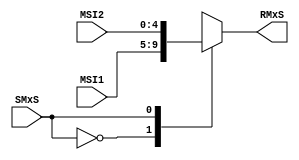
`timescale 1ns/1ns

//1- Module y Puertos 1/0
module MxSDP (
		
		//Entradas
		input [4:0]MSI1,
		input [4:0]MSI2,
		input SMxS,
		//Salidas
		output reg[4:0]RMxS

);

//2- Delcaracion de seales --> NA(No aplica)
  
//3- Cuerpo del modulo

//Case 0 = MSI1
//Case 1 = MSI2

//Bloque Always
always @* begin        
	
	case ( SMxS )

		0: RMxS = MSI1;

		1: RMxS = MSI2;

//	default:

	//	RMxS = 5'bx;
		
	endcase

end

endmodule